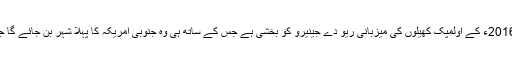
2009ء میں بین الاقوامی اولمپک انجمن نے 2016ء کے اولمپک کھیلوں کی میزبانی ریو دے جینیرو کو بخشی ہے جس کے ساتھ ہی وہ جنوبی امریکہ کا پہلا شہر بن جائے گا جسے اولمپک کھیلوں کی میزبانی حاصل ہوگی۔